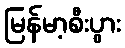
မြန်မာ့စီးပွား